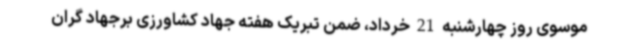
موسوی روز چهارشنبه 21 خرداد، ضمن تبریک هفته جهاد کشاورزی برجهاد گران